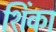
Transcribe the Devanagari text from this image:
शिंका